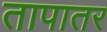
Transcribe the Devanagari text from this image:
तापातर